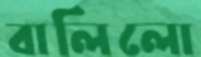
বালিলো